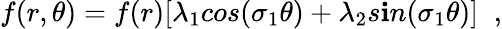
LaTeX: f(r,\theta)=f(r)[\lambda_{1}cos(\sigma_{1}\theta)+\lambda_{2}s\mathbf{i}n(\sigma_{1}\theta)]\; \; ,